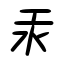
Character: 汞